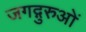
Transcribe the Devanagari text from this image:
जगद्गुरुओं